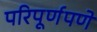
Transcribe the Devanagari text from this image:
परिपूर्णपणे